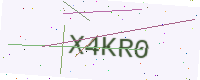
Text: X4KR0